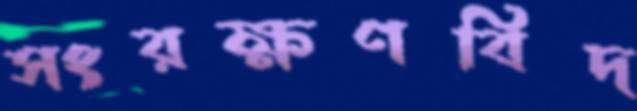
সংরক্ষণবিদ